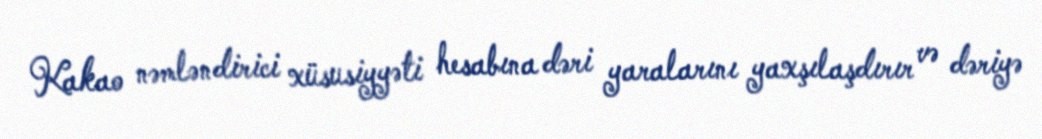
Kakao nəmləndirici xüsusiyyəti hesabına dəri yaralarını yaxşılaşdırır və dəriyə